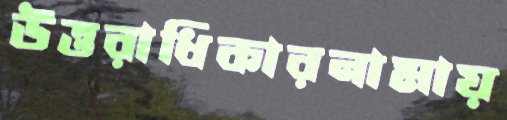
উত্তরাধিকারনামায়